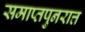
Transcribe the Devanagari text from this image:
समाप्तपुनरात्त